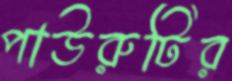
পাউরুটির